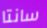
سانتا